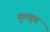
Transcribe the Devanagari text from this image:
कुरकुर